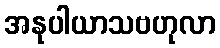
အနုပါယာသဗဟုလာ